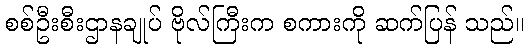
စစ်ဦးစီးဌာနချုပ် ဗိုလ်ကြီးက စကားကို ဆက်ပြန် သည်။